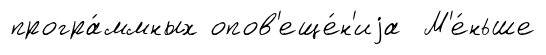
програ́ммных опов'еще́н'иjа М'е́ньше